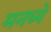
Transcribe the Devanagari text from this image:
मनध्ये